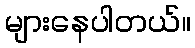
များနေပါတယ်။